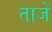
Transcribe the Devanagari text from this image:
ताजें